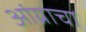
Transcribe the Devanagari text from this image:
आंग्राचा